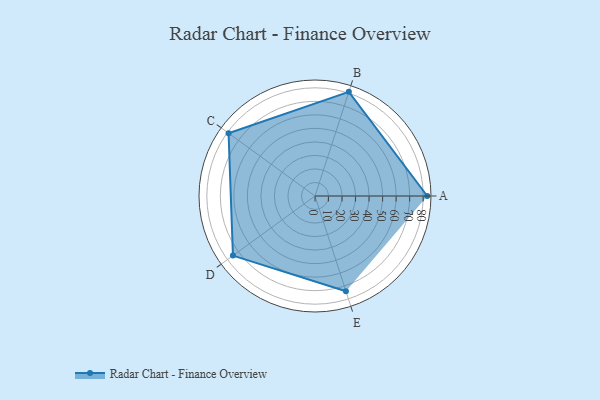
{"axis": {"x": "Skill", "y": "Score"}, "legend": ["Profile"], "data": [{"x": "A", "y": 83.0, "type": "Profile"}, {"x": "B", "y": 81.0, "type": "Profile"}, {"x": "C", "y": 79.0, "type": "Profile"}, {"x": "D", "y": 75.0, "type": "Profile"}, {"x": "E", "y": 74.0, "type": "Profile"}]}